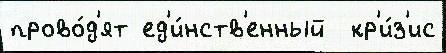
прово́д'ят ед'и́нств'енный  кр'и́з'ис